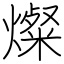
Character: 燦